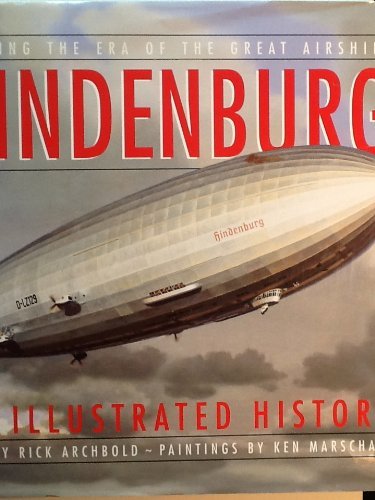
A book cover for Hindenburg: An Illustrated History; Rick Archbold; Arts & Photography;